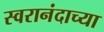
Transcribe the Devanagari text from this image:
स्वरानंदाच्या